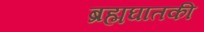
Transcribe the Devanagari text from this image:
ब्रह्मघातकी